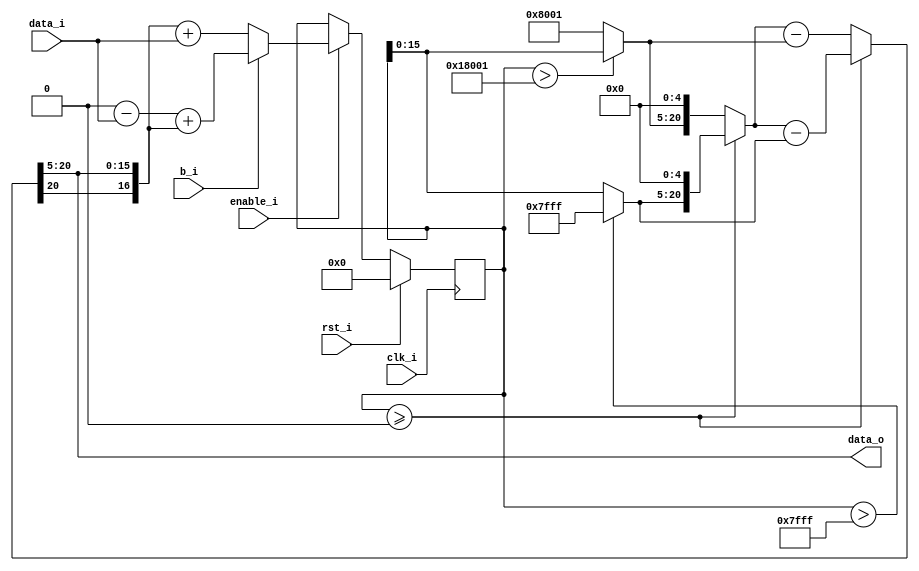
`timescale 1ns / 1ps

module accumulator
(
	input clk_i,
	input rst_i,
	input enable_i,
	input [15:0] data_i,
	input b_i,
	output [15:0] data_o
);

localparam signed y_min17 = -17'd32767;
localparam signed y_min16 = -16'd32767;
localparam signed y_max = 17'd32767;

wire signed [15:0] data_max; // if y >= 0
wire signed [15:0] data_min; // if y < 0
reg signed [16:0] data_tmp = 0; // for d-tg
wire signed [20:0] data; //for output
wire signed [16:0] data_y;
wire signed [20:0] data_stop;

assign data_y = (b_i == 0) ? {data_o[15], data_o} + data_i : 18'd131072 - data_i + {data_o[15], data_o};
assign data_min = (data_tmp > y_max) ? y_max : data_tmp[15:0];
assign data_max = (data_tmp > y_min17) ? data_tmp[15:0]: y_min16;
//min max
assign data_stop = (data_tmp >= 0) ? {data_min, 5'b0} : {data_max, 5'b0};
assign data = (data_tmp >= 0) ? data_stop - data_min : data_stop - data_max;

always @(posedge clk_i)
begin
	if (rst_i)
		data_tmp <= 0;
	else
		if (enable_i)
			data_tmp <= data_y;
end

assign data_o = data[20:5];

endmodule